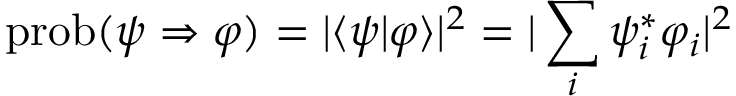
\operatorname { p r o b } ( \psi \Rightarrow \varphi ) = | \langle \psi | \varphi \rangle | ^ { 2 } = | \sum _ { i } \psi _ { i } ^ { * } \varphi _ { i } | ^ { 2 }